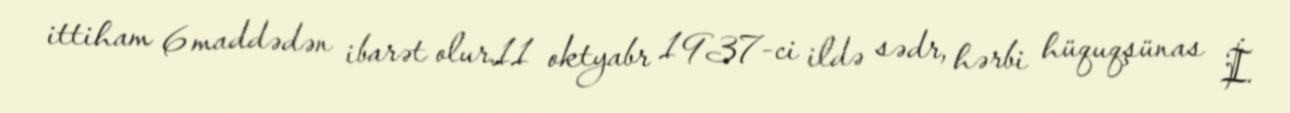
ittiham 6 maddədən ibarət olur.11 oktyabr 1937-ci ildə sədr, hərbi hüquqşünas İ.